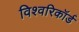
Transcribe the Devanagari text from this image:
विश्वरिकॉर्ड